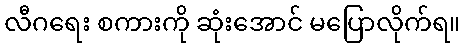
လီဂရေး စကားကို ဆုံးအောင် မပြောလိုက်ရ။